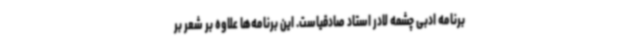
برنامه ادبی چشمه لادر استاد صادقیاست. این برنامه‌ها علاوه بر شعر بر